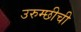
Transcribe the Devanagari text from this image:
उरुम्छीची